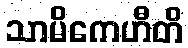
သာမိကေဟီတိ